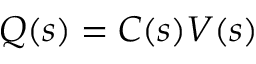
Q ( s ) = C ( s ) V ( s )